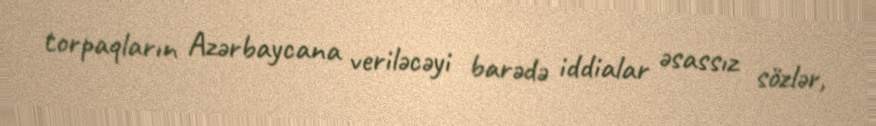
torpaqların Azərbaycana veriləcəyi barədə iddialar əsassız sözlər,